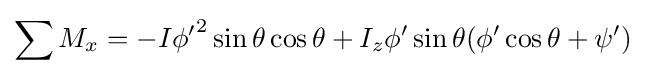
\sum M_{x}=-I{\phi '}^{2}\sin \theta \cos \theta +I_{z}\phi '\sin \theta (\phi '\cos \theta +\psi ')